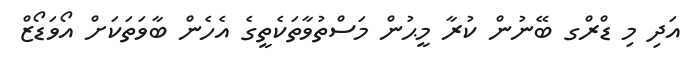
އަދި މި ޑްރްގ ބޭނުން ކުރާ މީޙުން މަސްތުވާތަކެތީގެ އެހެން ބާވަތަކަށް އޯވަޑޯޒް